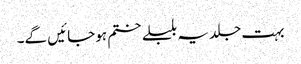
بہت جلد یہ بلبلے ختم ہوجائیں گے۔